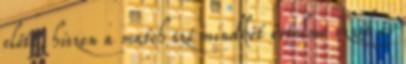
előtt, hiszen a match szó mindkét értelme izzik és